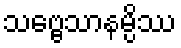
သဗ္ဗေသာနမ္ပိဿ